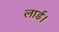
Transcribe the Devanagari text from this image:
लार्ड।